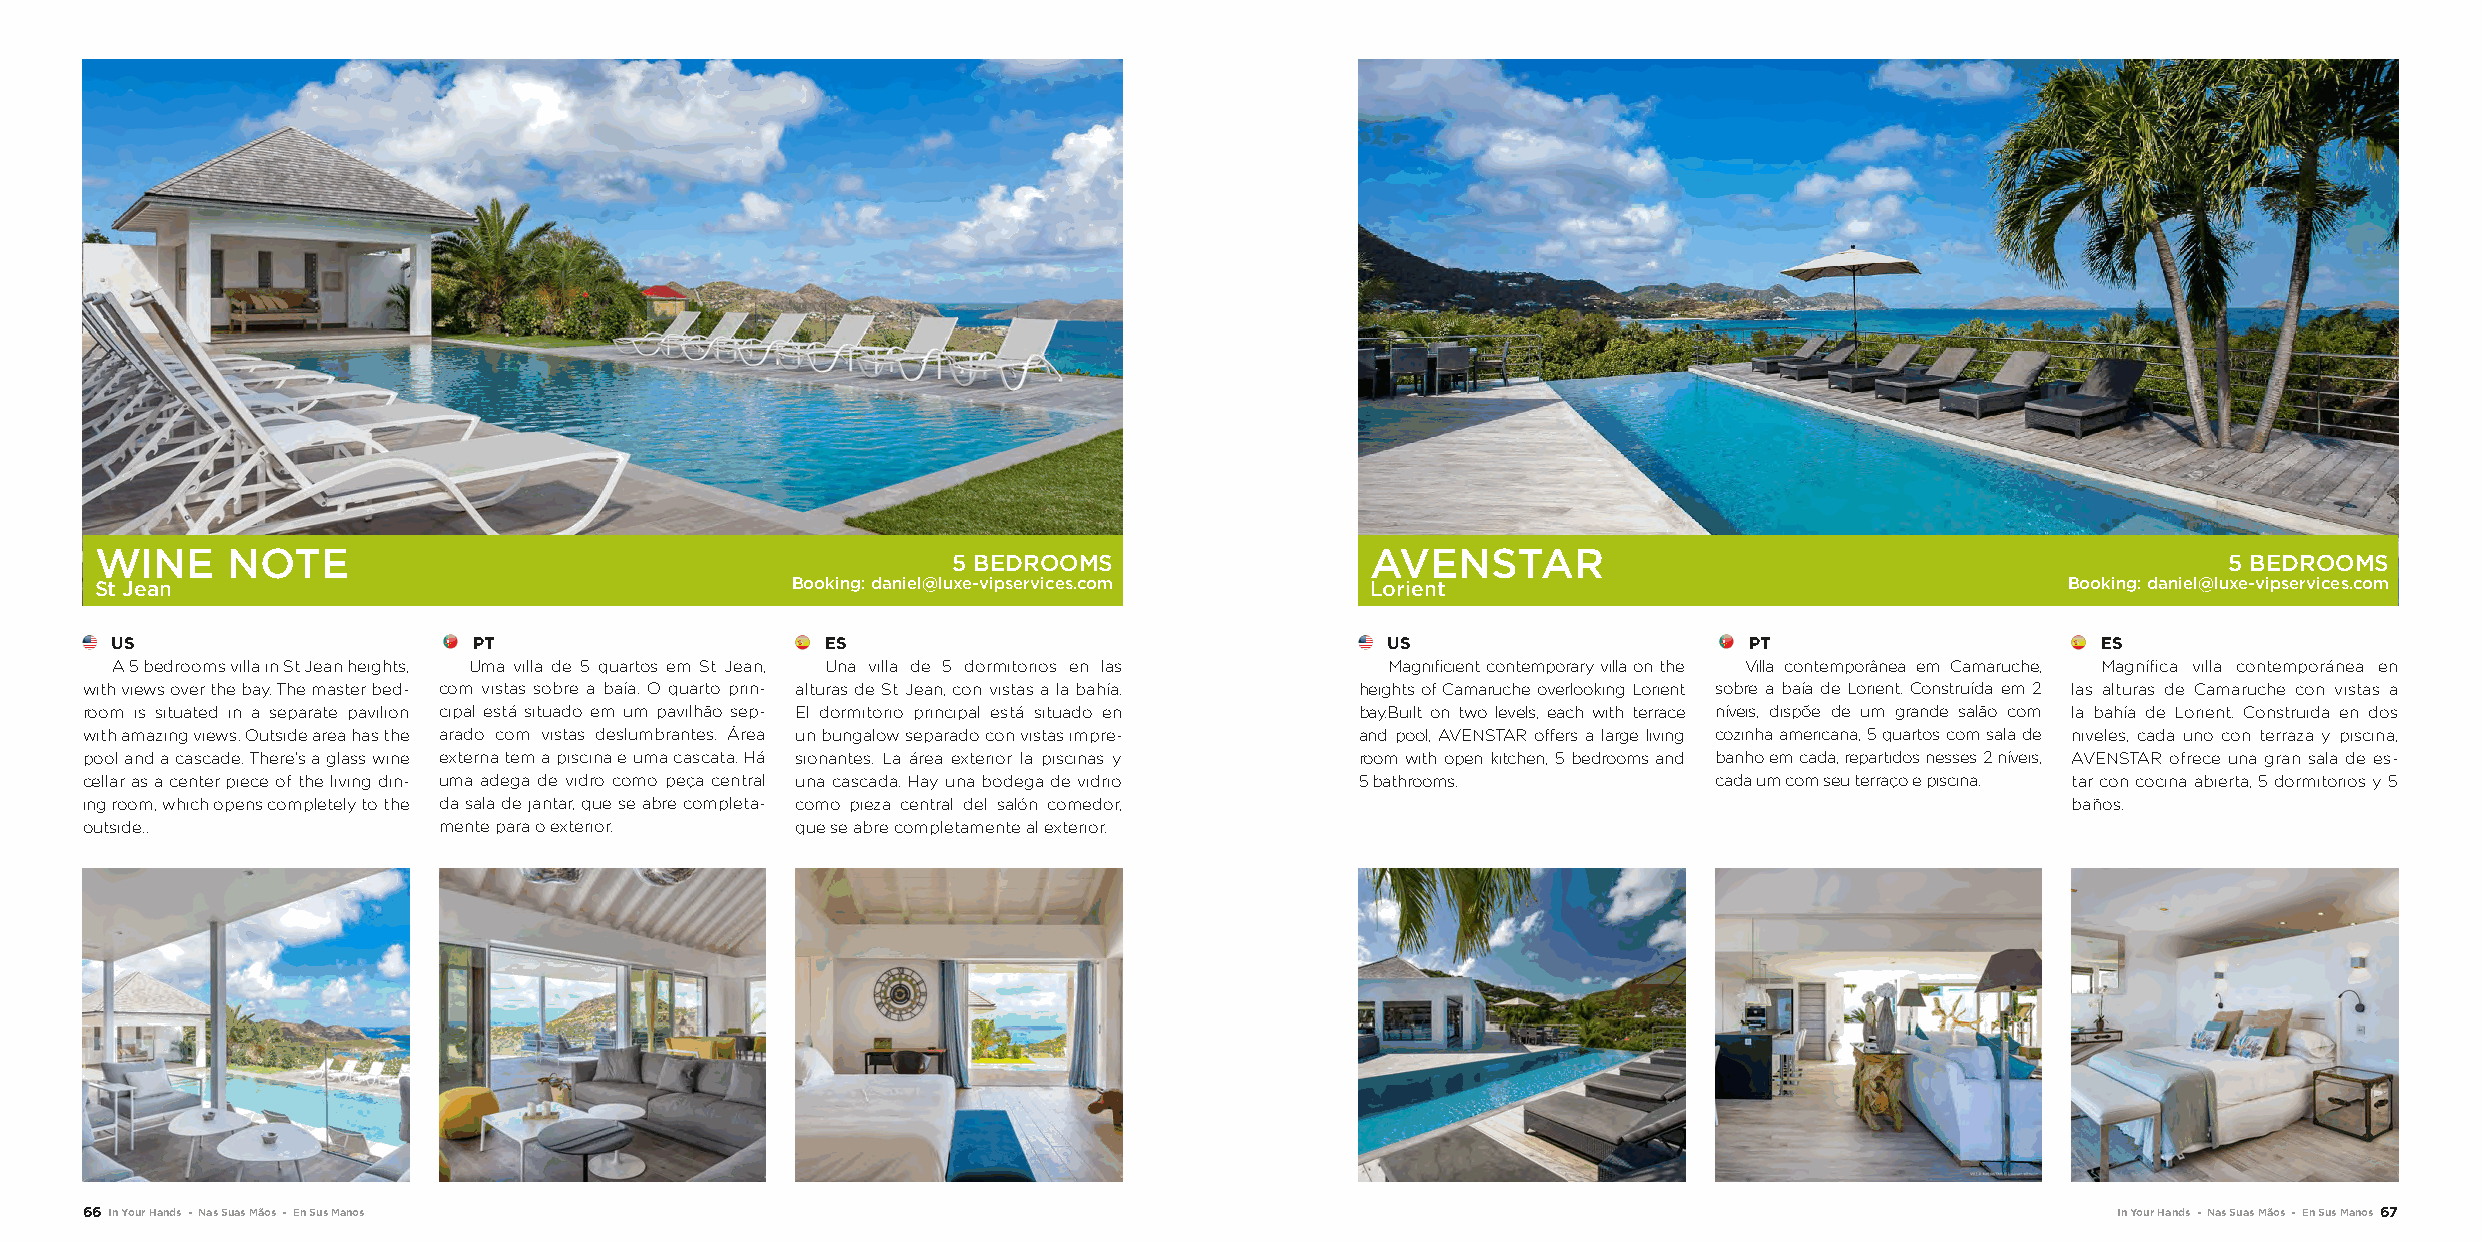
WINE     NOTE                                                                        AVENSTAR
 5 BEDROOMS                                                                          5 BEDROOMS
 St Jean                                       Booking: daniel@luxe-vipservices.com   Lorient                                       Booking: daniel@luxe-vipservices.com
 US                      PT                      ES                                   US                      PT                     ES
 A 5 bedrooms villa in St Jean heights, Uma villa de 5 quartos em St Jean, Una villa de 5 dormitorios en las Magnificient contemporary villa on the Villa contemporânea em Camaruche, Magnífica villa contemporánea en
 with views over the bay. The master bed- com vistas sobre a baía. O quarto prin- alturas de St Jean, con vistas a la bahía. heights of Camaruche overlooking Lorient sobre a baía de Lorient. Construída em 2 las alturas de Camaruche con vistas a
 room is situated in a separate pavilion cipal está situado em um pavilhão sep- El dormitorio principal está situado en bay.Built on two levels, each with terrace níveis, dispõe de um grande salão com la bahía de Lorient. Construida en dos
 with amazing views. Outside area has the arado com vistas deslumbrantes. Área un bungalow separado con vistas impre- and pool, AVENSTAR offers a large living cozinha americana, 5 quartos com sala de niveles, cada uno con terraza y piscina,
 pool and a cascade. There’s a glass wine externa tem a piscina e uma cascata. Há sionantes. La área exterior la piscinas y room with open kitchen, 5 bedrooms and banho em cada, repartidos nesses 2 níveis, AVENSTAR ofrece una gran sala de es-
 cellar as a center piece of the living din- uma adega de vidro como peça central una cascada. Hay una bodega de vidrio 5 bathrooms. cada um com seu terraço e piscina. tar con cocina abierta, 5 dormitorios y 5
 ing room, which opens completely to the da sala de jantar, que se abre completa- como pieza central del salón comedor,              baños.
 outside..               mente para o exterior.  que se abre completamente al exterior.
 66 In Your Hands - Nas Suas Mãos - En Sus Manos                                                                                        In Your Hands - Nas Suas Mãos - En Sus Manos 67